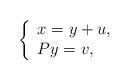
LaTeX: \begin{align*}\left\{\begin{array}{lll}x=y+u,\\Py=v,\end{array}\right.\end{align*}